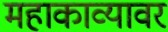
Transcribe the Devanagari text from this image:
महाकाव्यावर